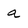
Character: a